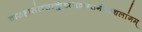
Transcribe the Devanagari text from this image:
चारुहासंलसत्कुंडलक्रान्तगंडस्थलांगम्‌